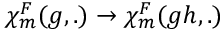
{ \chi } _ { m } ^ { F } ( g , . ) \rightarrow { \chi } _ { m } ^ { F } ( g h , . )